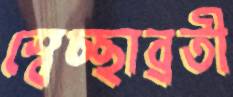
স্বেচ্ছাব্রতী